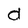
Character: d